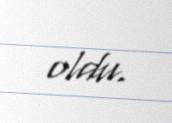
oldu.